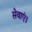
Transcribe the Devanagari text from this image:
सेवाएं।